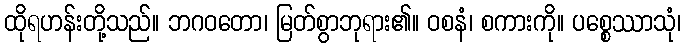
ထိုရဟန်းတို့သည်။ ဘဂဝတော၊ မြတ်စွာဘုရား၏။ ဝစနံ၊ စကားကို။ ပစ္စေဿာသုံ၊